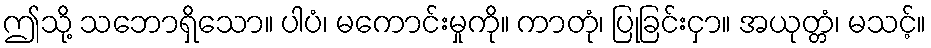
ဤသို့ သဘောရှိသော။ ပါပံ၊ မကောင်းမှုကို။ ကာတုံ၊ ပြုခြင်းငှာ။ အယုတ္တံ၊ မသင့်။